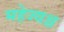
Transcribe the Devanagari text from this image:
महेज्यश्च